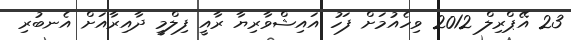
23 އޭޕްރިލް 2012 ވިހެއުމަށް ފަހު އައިޝްވާރިޔާ ރާއީ ފިލްމީ ދާއިރާއަށް އެނބުރި